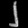
Digit: ၂